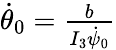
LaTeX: \begin{array}{r}{\dot{\theta}_{0}=\frac{b}{I_{3}\dot{\psi}_{0}}}\end{array}